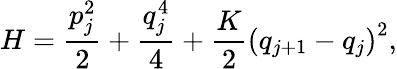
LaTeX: H=\frac{p_{j}^{2}}{2}+\frac{q_{j}^{4}}{4}+\frac{K}{2}\left(q_{j+1}-q_{j}\right)^{2},